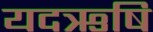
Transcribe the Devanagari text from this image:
यदऋषि